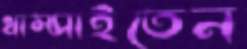
ধাম্‌সাইতেন